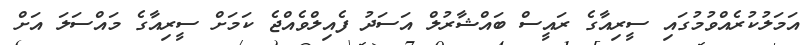
އަމަލުކުރެއްވުމުގައި ސީރިއާގެ ރައީސް ބައްޝާރުލް އަސަދު ފެއިލްވެއްޖެ ކަމަށް ސީރިއާގެ މައްސަލަ އަށް